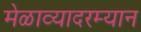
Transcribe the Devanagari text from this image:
मेळाव्यादरम्यान